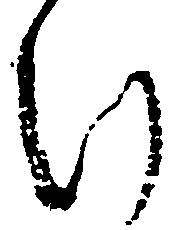
け